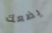
يضعك